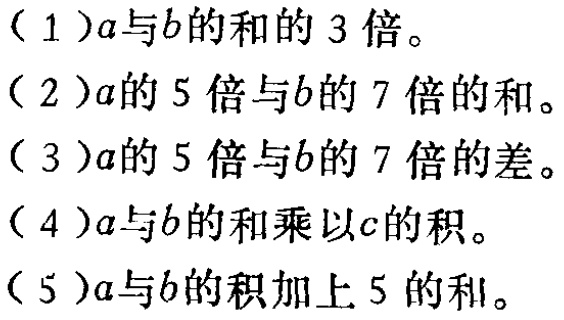
（1）$3(a + b)$

（2）$5a + 7b$

（3）$5a - 7b$

（4）$(a + b)c$

（5）$ab + 5$